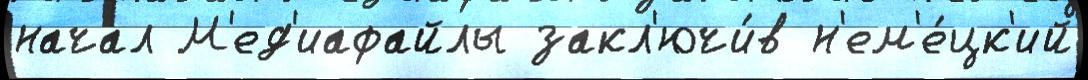
начал М'ед'иафайлы закл'ючи́в н'ем'е́цк'ий